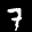
Label: 7